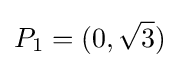
P_{1}=(0,{\sqrt {3}})